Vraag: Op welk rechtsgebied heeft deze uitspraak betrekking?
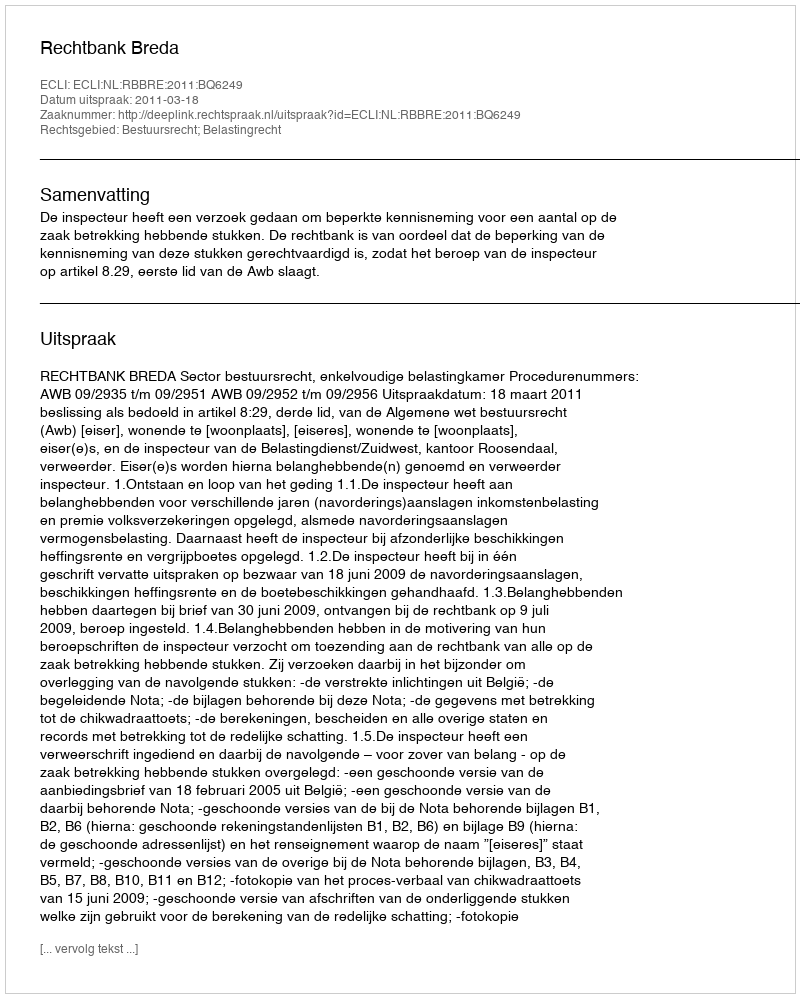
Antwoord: Bestuursrecht; Belastingrecht